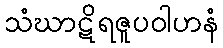
သံဃာဋိရဇူပဝါဟနံ